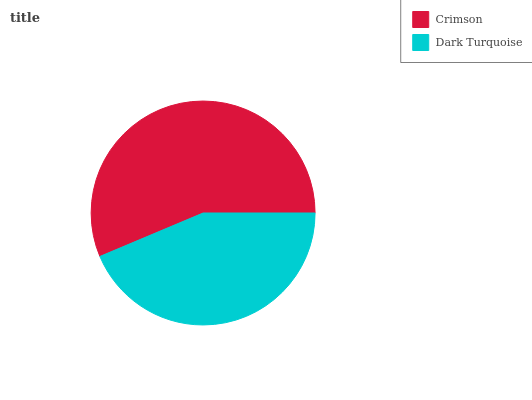
| Crimson | Dark Turquoise |
 | --- | --- |
 | 56.4% | 43.6% |